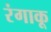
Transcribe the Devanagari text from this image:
रंगाकू